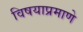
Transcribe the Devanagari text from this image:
विषयाप्रमाणे